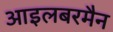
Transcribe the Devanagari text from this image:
आइलबरमैन